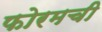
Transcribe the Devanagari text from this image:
फोरमची